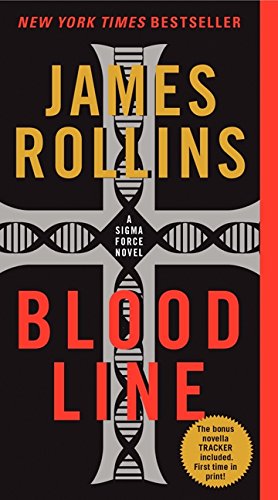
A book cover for Bloodline (Sigma Force); James Rollins; Mystery, Thriller & Suspense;